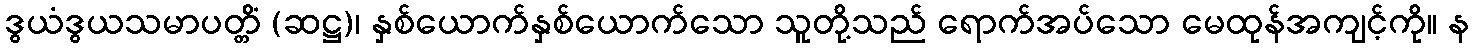
ဒွယံဒွယသမာပတ္တိံ (ဆဋ္ဌ)၊ နှစ်ယောက်နှစ်ယောက်သော သူတို့သည် ရောက်အပ်သော မေထုန်အကျင့်ကို။ န